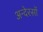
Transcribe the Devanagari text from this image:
अन्देरसों